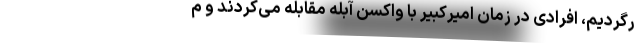
رگردیم، افرادی در زمان امیرکبیر با واکسن آبله مقابله می‌کردند و م